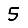
Digit: 5